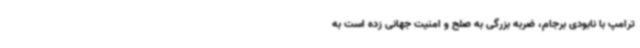
ترامپ با نابودی برجام، ضربه بزرگی به صلح و امنیت جهانی زده است به